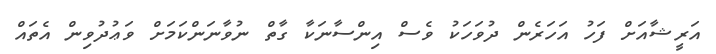
އަރީޝާއަށް ފަހު އަހަރެން ދުވަހަކު ވެސް އިންސާނަކާ ގާތް ނުވާނަންކަމަށް ވަޢުދުވިން އެތައް